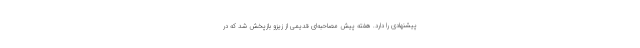
پیشنهادی را دارد. هفته پیش مصاحبه‌ای قدیمی از زیزو بازپخش شد که در